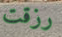
رزقت